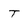
Character: T